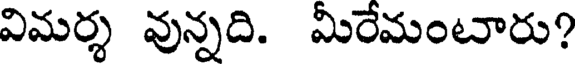
విమర్శ వున్నది. మీరేమంటారు?